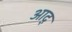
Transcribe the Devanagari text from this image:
आद्